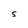
Character: S